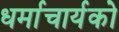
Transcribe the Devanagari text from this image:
धर्माचार्यको